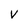
Character: v